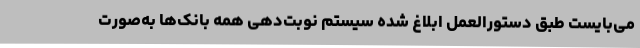
می‌بایست طبق دستورالعمل ابلاغ شده سیستم نوبت‌دهی همه بانک‌ها به‌صورت